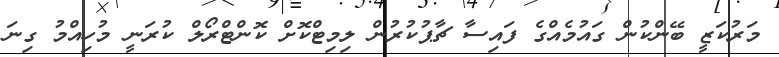
މަރުކަޒީ ބޭންކުން ގައުމެއްގެ ފައިސާ ޗާޕުކުރުން ލިމިޓްކޮށް ކޮންޓްރޯލް ކުރަނީ މުހިއްމު ގިނަ